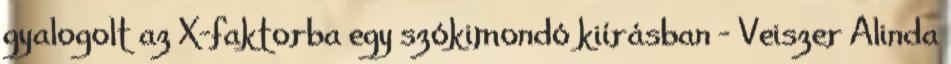
gyalogolt az X-faktorba egy szókimondó kiírásban – Veiszer Alinda